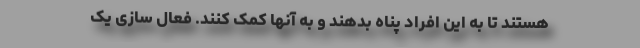
هستند تا به این افراد پناه بدهند و به آنها کمک کنند. فعال سازی یک